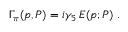
\Gamma _ { \pi } ( p , P ) = i \gamma _ { 5 } \, E ( p ; P ) ~ .